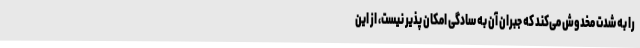
را به شدت مخدوش می‌کند که جبران آن به سادگی امکان پذیر نیست، از این